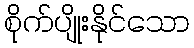
စိုက်ပျိုးနိုင်သော